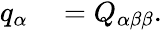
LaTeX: \begin{array}{rl}{q_{\alpha}}&{{}=Q_{\alpha\beta\beta}.}\end{array}